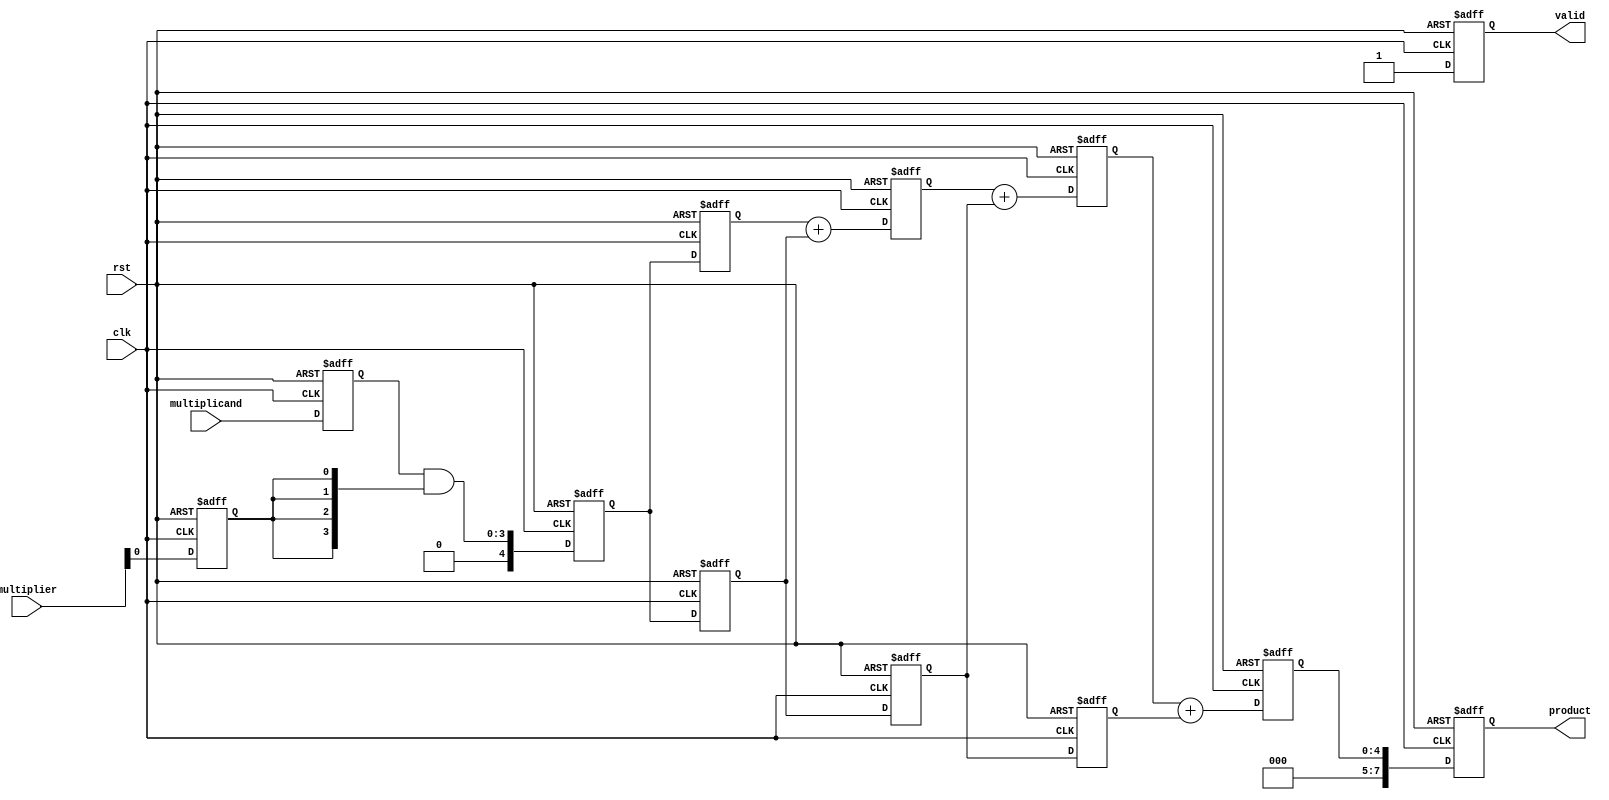
module SystolicMultiplier #(parameter WIDTH = 4) (
    input clk,
    input rst,
    input [WIDTH-1:0] multiplicand,
    input [WIDTH-1:0] multiplier,
    output reg [2*WIDTH-1:0] product,
    output reg valid
);

    // Processing Element (PE) structure
    reg [WIDTH-1:0] A [0:WIDTH-1]; // Multiplicands
    reg [WIDTH-1:0] B [0:WIDTH-1]; // Multipliers
    reg [WIDTH:0] P [0:WIDTH-1];    // Partial products
    reg [WIDTH:0] sum [0:WIDTH-1];  // Accumulated results

    integer i, j;

    // Initialization
    always @(posedge clk or posedge rst) begin
        if (rst) begin
            valid <= 0;
            product <= 0;
            for (i = 0; i < WIDTH; i = i + 1) begin
                A[i] <= 0;
                B[i] <= 0;
                P[i] <= 0;
                sum[i] <= 0;
            end
        end else begin
            // Shift in inputs
            A[0] <= multiplicand;
            B[0] <= multiplier;
            // Compute products
            for (i = 0; i < WIDTH; i = i + 1) begin
                // Calculate partial product
                if (i < WIDTH) begin
                    P[i] <= A[i] & {WIDTH{B[i][0]}}; // Only the first bit of B[i] for PE0
                end
                // Shift the data for the next cycle
                if (i > 0) begin
                    A[i] <= A[i-1];
                    B[i] <= B[i-1];
                    P[i] <= P[i-1];
                end
            end
            
            // Accumulate results
            for (i = 0; i < WIDTH; i = i + 1) begin
                if (i == 0) begin
                    sum[i] <= P[i];
                end else begin
                    sum[i] <= sum[i-1] + P[i];
                end
            end

            // Output final product from the last PE
            if (WIDTH > 0) begin
                product <= sum[WIDTH-1];
                valid <= 1; // Indicate valid output
            end
        end
    end
endmodule